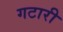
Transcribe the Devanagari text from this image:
गटारी